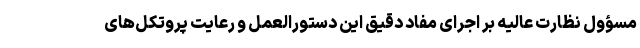
مسؤول نظارت عالیه بر اجرای مفاد دقیق این دستورالعمل و رعایت پروتکل‌های